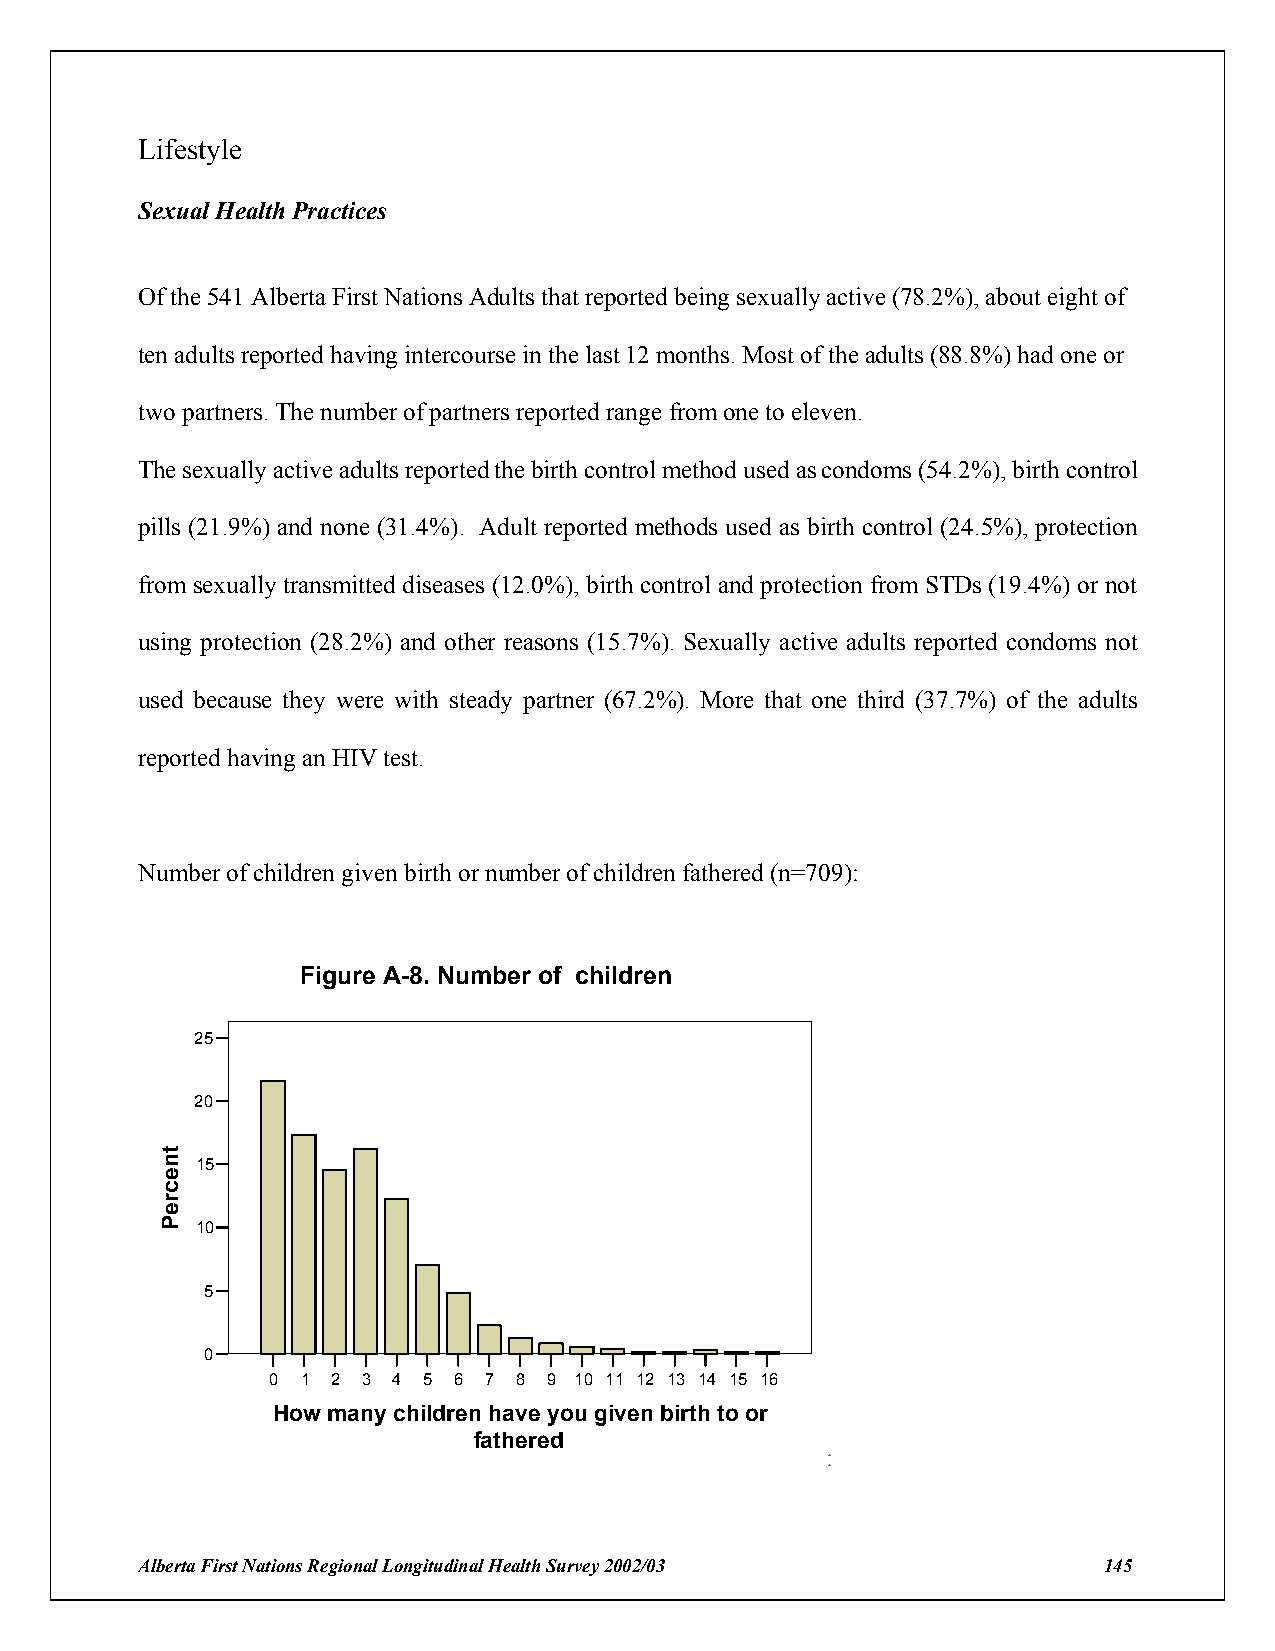
Lifestyle
 Sexual Health Practices
 Of the 541 Alberta First Nations Adults that reported being sexually active (78.2%), about eight of
 ten adults reported having intercourse in the last 12 months. Most of the adults (88.8%) had one or
 two partners. The number of partners reported range from one to eleven.
 The sexually active adults reported the birth control method used as condoms (54.2%), birth control
 pills (21.9%) and none (31.4%). Adult reported methods used as birth control (24.5%), protection
 from sexually transmitted diseases (12.0%), birth control and protection from STDs (19.4%) or not
 using protection (28.2%) and other reasons (15.7%). Sexually active adults reported condoms not
 used because they were with steady partner (67.2%). More that one third (37.7%) of the adults
 reported having an HIV test.
 Number of children given birth or number of children fathered (n=709):
 Figure A-8. Number of children
 25
 20
 15
 10
 5
 0
 0 1 2 3 4 5 6 7 8 9 10 11 12 13 14 15 16
 How many children have you given birth to or
 fathered
 :
 Alberta First Nations Regional Longitudinal Health Survey 2002/03 145
 tnecreP